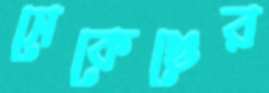
সেকেণ্ডের